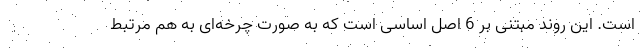
است. این روند مبتنی بر 6 اصل اساسی است که به صورت چرخه‌ای به هم مرتبط